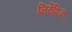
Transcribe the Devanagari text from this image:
निर्देशिन्